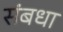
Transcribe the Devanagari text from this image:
संबधा